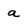
Character: a